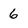
Character: 6